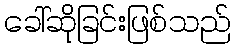
ခေါ်ဆိုခြင်းဖြစ်သည်